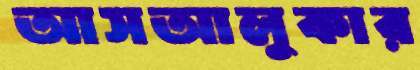
আসআলুকার